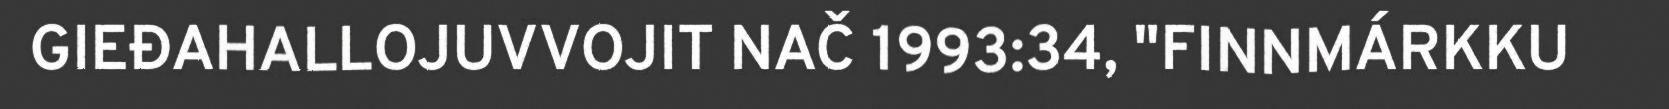
GIEĐAHALLOJUVVOJIT NAČ 1993:34, "FINNMÁRKKU